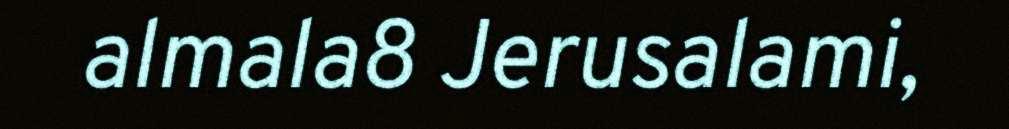
almala8 Jerusalami,